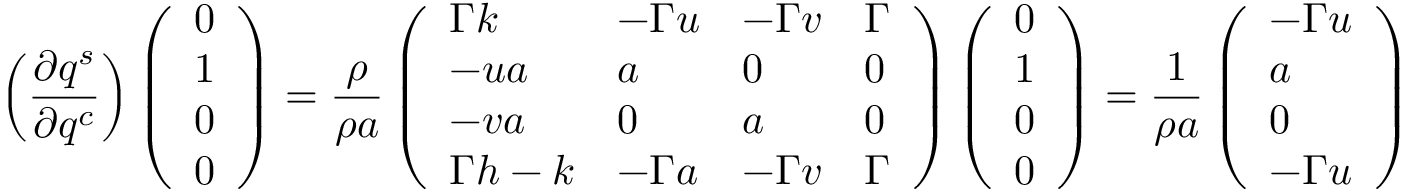
\left( \frac { \partial q ^ { s } } { \partial q ^ { c } } \right) \left( \begin{array} { l } { 0 } \\ { 1 } \\ { 0 } \\ { 0 } \end{array} \right) = \frac { \rho } { \rho a } \left( \begin{array} { l l l l } { \Gamma k } & { - \Gamma u } & { - \Gamma v } & { \Gamma } \\ { - u a } & { a } & { 0 } & { 0 } \\ { - v a } & { 0 } & { a } & { 0 } \\ { \Gamma h - k } & { - \Gamma a } & { - \Gamma v } & { \Gamma } \end{array} \right) \left( \begin{array} { l } { 0 } \\ { 1 } \\ { 0 } \\ { 0 } \end{array} \right) = \frac { 1 } { \rho a } \left( \begin{array} { l } { - \Gamma u } \\ { a } \\ { 0 } \\ { - \Gamma u } \end{array} \right)